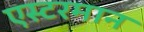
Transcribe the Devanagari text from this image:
एस्टरमान